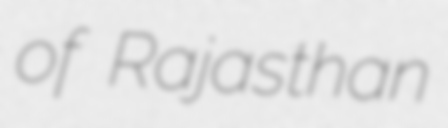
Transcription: of Rajasthan